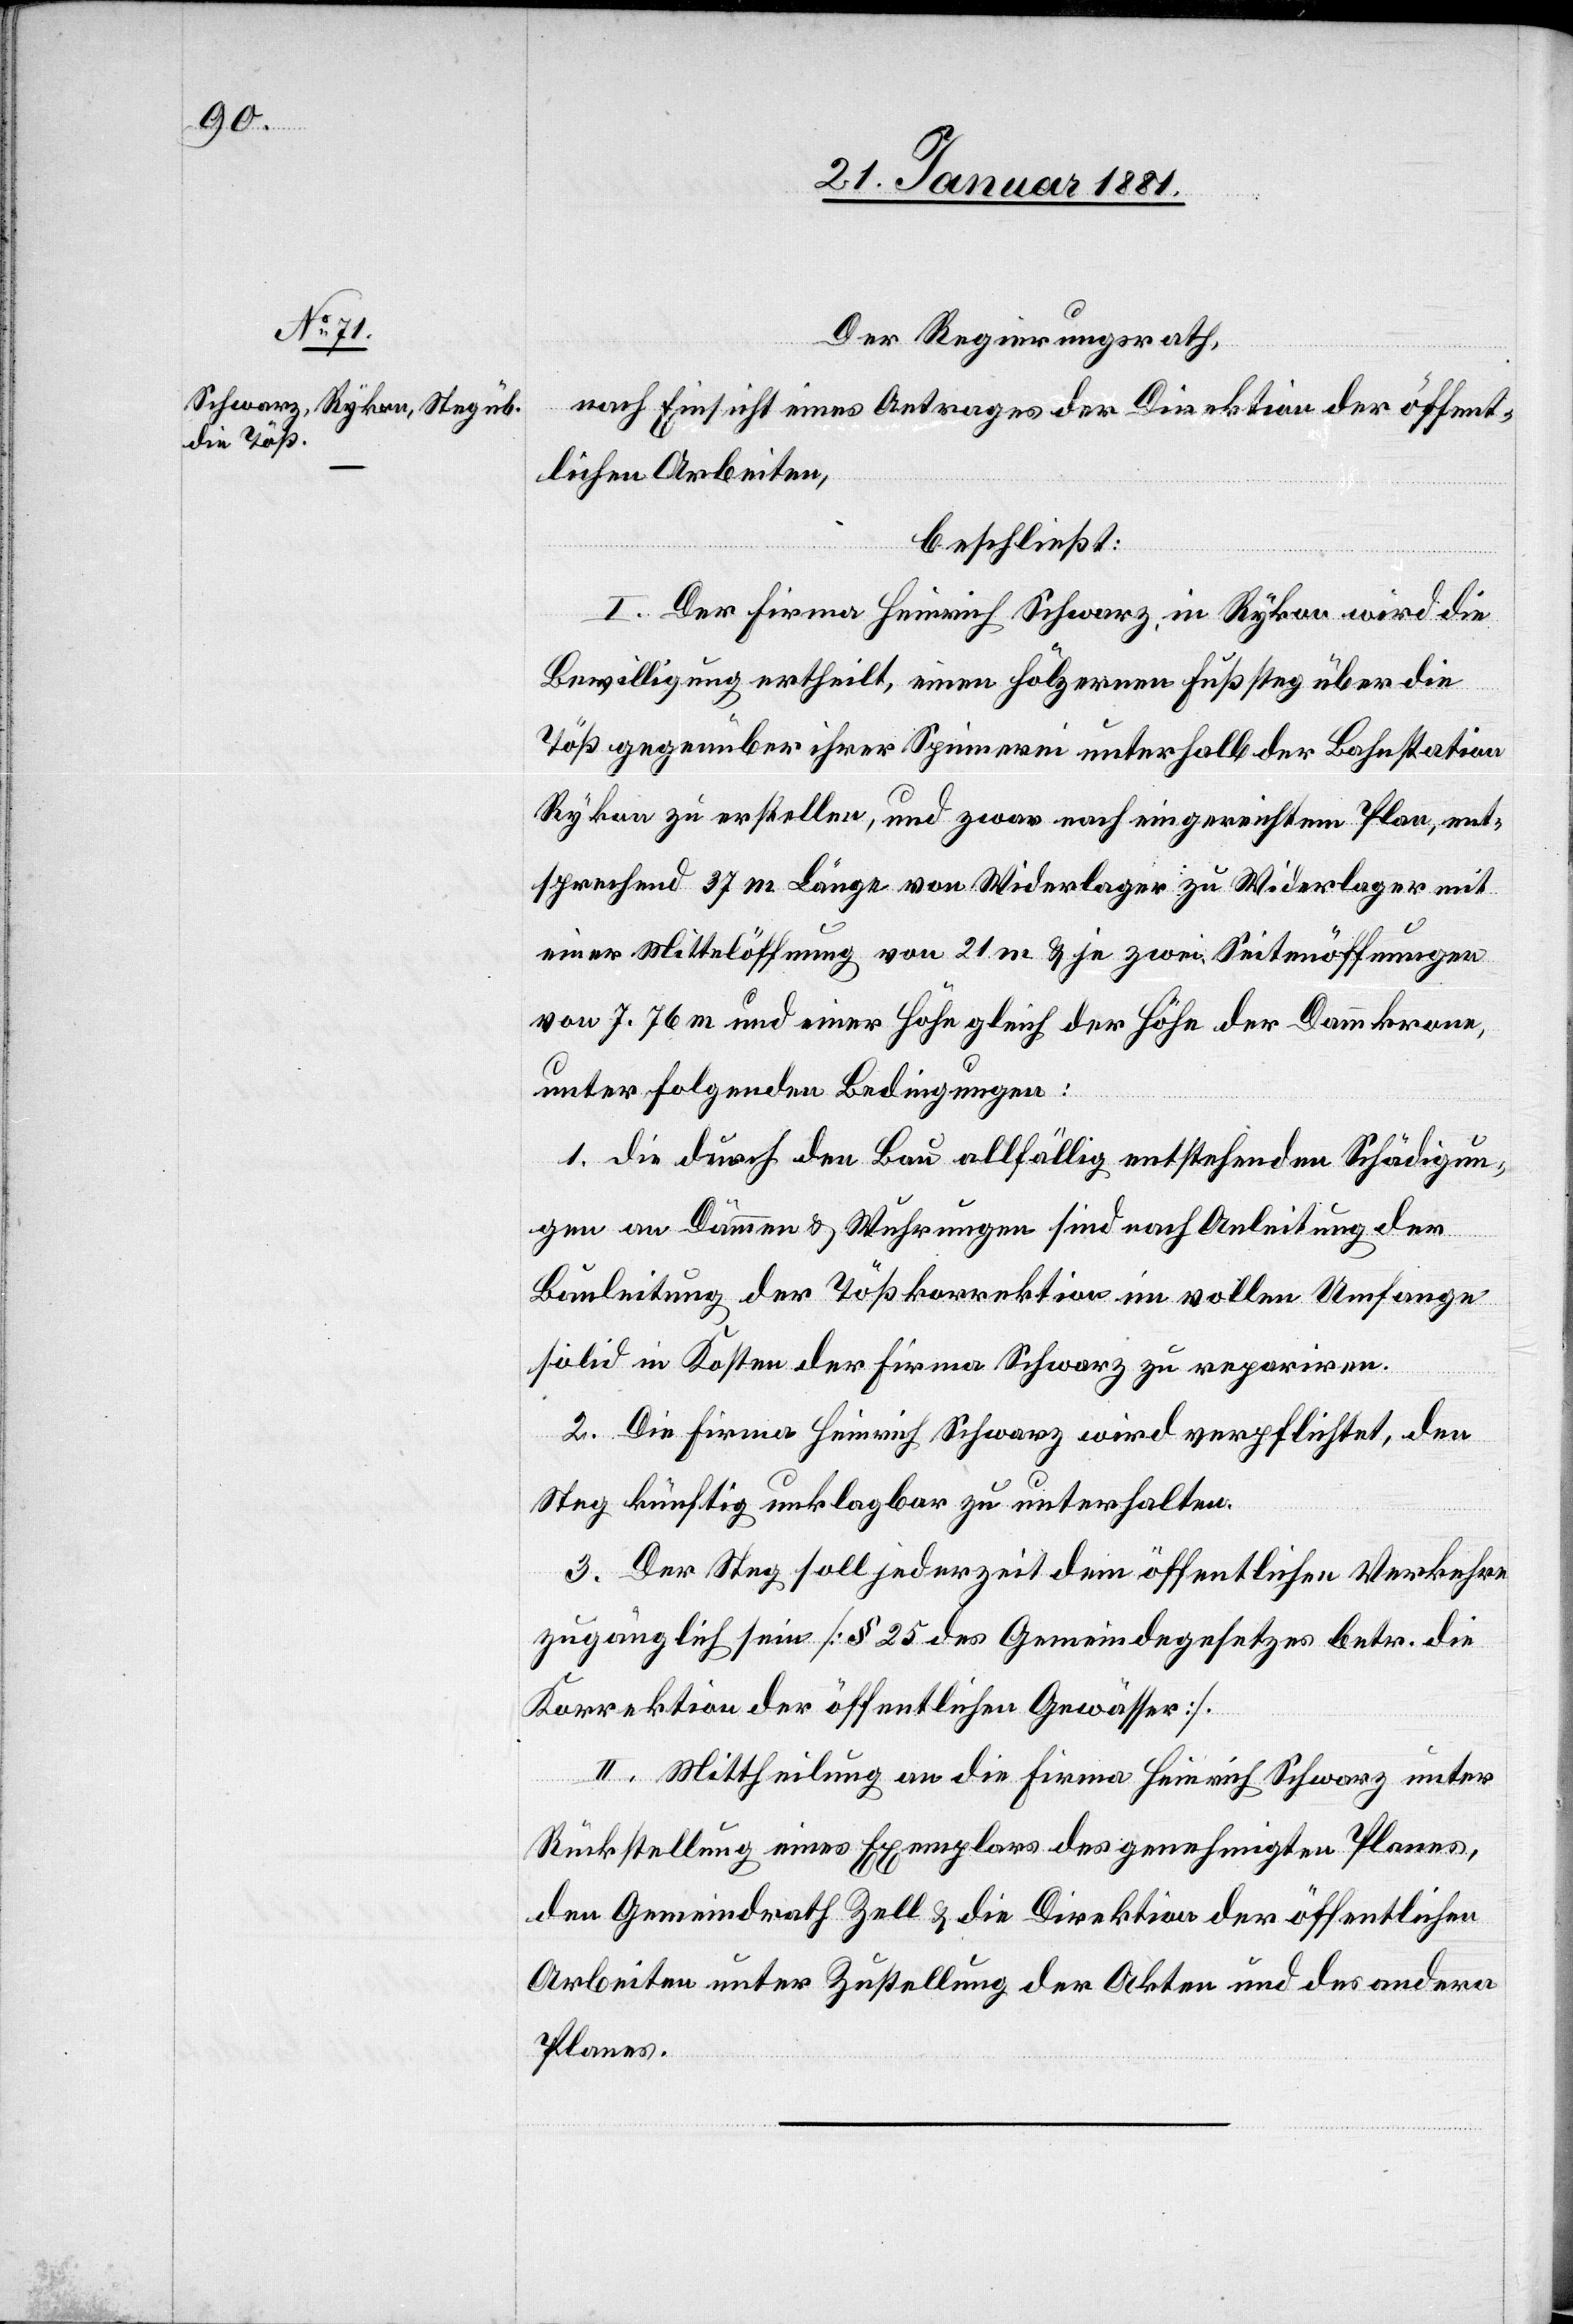
Der Regierungsrath,
nach Einsicht eines Antrages der Direktion der öffent¬
lichen Arbeiten,
beschließt:
I. Der Firma Heinrich Schwarz, in Rykon wird die
Bewilligung ertheilt, einen hölzernen Fußsteg über die
Töß gegenüber ihrer Spinnerei unterhalb der Bahnstation
Rykon zu erstellen, und zwar nach eingereichtem Plan, ent¬
sprechend 37 m Länge von Widerlager zu Widerlager mit
einer Mittelöffnung von 21 m & je zwei Seitenöffnungen
von 7.76 m und einer Höhe gleich der Höhe der Dammkrone,
unter folgenden Bedingungen:
1 die durch den Bau allfällig entstehenden Schädigun¬
gen von Dämmen & Wuhrungen sind nach Anleitung der
Bauleitung der Tößkorrektion im vollen Umfange
solid in Kosten der Firma Schwarz zu repariren.
2. Die Firma Heinrich Schwarz wird verpflichtet, den
Steg künftig unklagbar zu unterhalten.
3. Der Stell soll jederzeit dem öffentlichen Verkehre
zugänglich sein [§ 25 des Gemeindegesetzes betr. die
Korrektion der öffentlichen Gewässer].
II. Mittheilung an die Firma Heinrich Schwarz unter
Rückstellung eines Exemplars des genehmigten Planes,
den Gemeindrath Zell & die Direktion der öffentlichen
Arbeiten unter Zustellung der Akten und des andern
Planes.